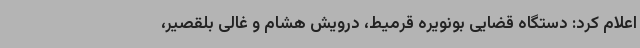
اعلام کرد: دستگاه قضایی بونویره قرمیط، درویش هشام و غالی بلقصیر،